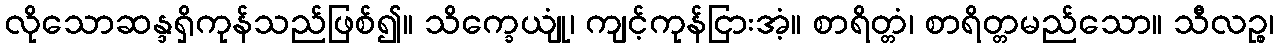
လိုသောဆန္ဒရှိကုန်သည်ဖြစ်၍။ သိက္ခေယျုံ၊ ကျင့်ကုန်ငြားအံ့။ စာရိတ္တံ၊ စာရိတ္တမည်သော။ သီလဉ္စ၊